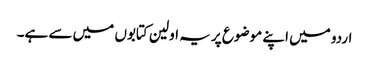
اردو میں اپنے موضوع پر یہ اولین کتابوں میں سے ہے۔